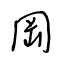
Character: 岡